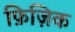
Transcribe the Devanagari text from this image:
फ़िज़िक